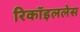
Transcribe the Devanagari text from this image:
रिकॉइललेस